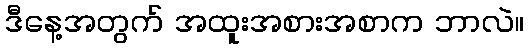
ဒီနေ့အတွက် အထူးအစားအစာက ဘာလဲ။